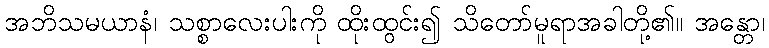
အဘိသမယာနံ၊ သစ္စာလေးပါးကို ထိုးထွင်း၍ သိတော်မူရာအခါတို့၏။ အန္တော၊